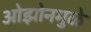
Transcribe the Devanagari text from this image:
ओझोनमुळे